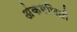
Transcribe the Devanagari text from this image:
अंकगणिती